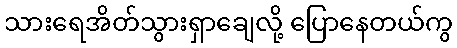
သားရေအိတ်သွားရှာချေလို့ ပြောနေတယ်ကွ